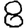
Digit: 8